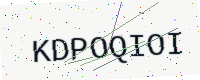
Text: KDPOQIOI